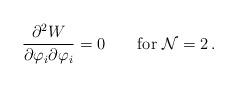
LaTeX: \begin{align*}\frac{\partial^2 {W}}{\partial \varphi_i \partial\varphi_i}=0\qquad \mbox{for ${\cal N}=2$}\,.\end{align*}